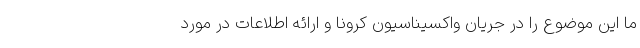
ما این موضوع را در جریان واکسیناسیون کرونا و ارائه اطلاعات در مورد